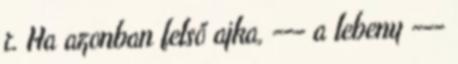
r. Ha azonban felső ajka, --- a lebeny ---